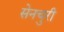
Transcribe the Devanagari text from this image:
सेनचुरी